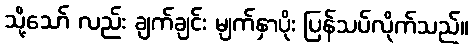
သို့သော် လည်း ချက်ချင်း မျက်နှာပိုး ပြန်သပ်လိုက်သည်။